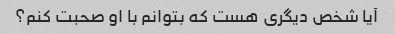
آیا شخص دیگری هست که بتوانم با او صحبت کنم؟